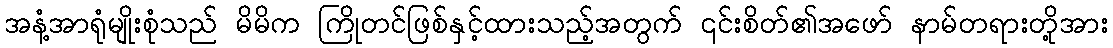
အနံ့အာရုံမျိုးစုံသည် မိမိက ကြိုတင်ဖြစ်နှင့်ထားသည့်အတွက် ၎င်းစိတ်၏အဖော် နာမ်တရားတို့အား